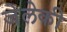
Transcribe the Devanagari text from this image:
जेलेकी